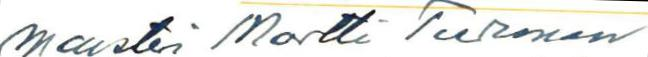
maisteri Martti Turunen